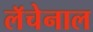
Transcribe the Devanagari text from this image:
लॅचेनाल